Insane asylums in Bengal annual reports 1876-1887 - 1876-1887
Year: 1876
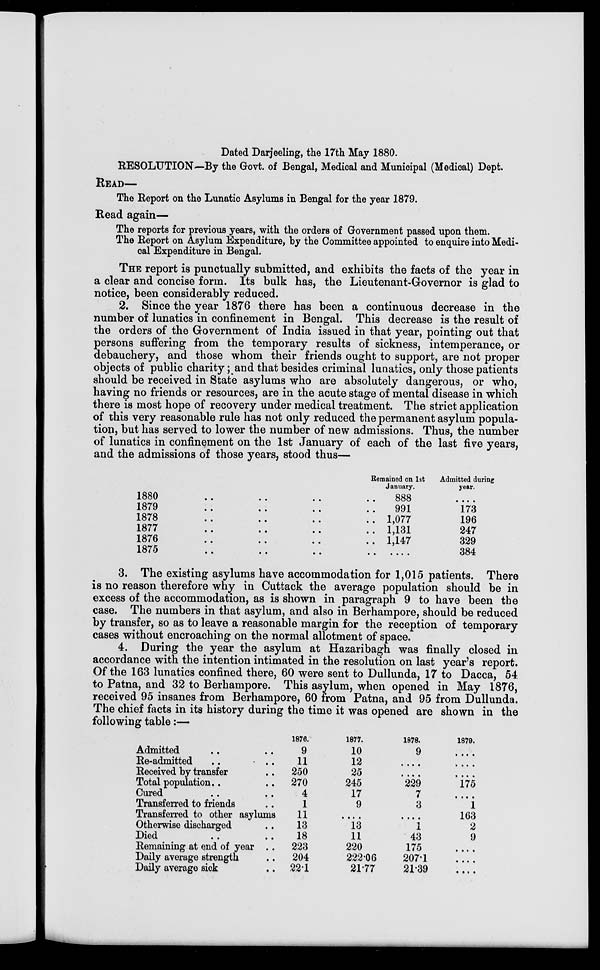
Dated Darjeeling, the 17th May 1880.
RESOLUTION—By the Govt, of Bengal, Medical and Municipal (Medical) Dept.
READ—
The Report on the Lunatic Asylums in Bengal for the year 1879.
Read again—
The reports for previous years, with the orders of Government passed upon them.
The Report on Asylum Expenditure, by the Committee appointed to enquire into Medi-
cal Expenditure in Bengal.
THE report is punctually submitted, and exhibits the facts of the year in
a clear and concise form. Its bulk has, the Lieutenant-Governor is glad to
notice, been considerably reduced.
2. Since the year 1876 there has been a continuous decrease in the
number of lunatics in confinement in Bengal. This decrease is the result of
the orders of the Government of India issued in that year, pointing out that
persons suffering from the temporary results of sickness, intemperance, or
debauchery, and those whom their friends ought to support, are not proper
objects of public charity; and that besides criminal lunatics, only those patients
should be received in State asylums who are absolutely dangerous, or who,
having no friends or resources, are in the acute stage of mental disease in which
there is most hope of recovery under medical treatment. The strict application
of this very reasonable rule has not only reduced the permanent asylum popula-
tion, but has served to lower the number of new admissions. Thus, the number
of lunatics in confinement on the 1st January of each of the last five years,
and the admissions of those years, stood thus—
1880 .. .. .. ..
1879 .. .. .. ..
1878 .. .. .. ..
1877 .. .. .. ..
1876 .. .. .. ..
1875 .. .. .. ..
Remained on 1st
January.
888
991
1,077
1,131
1,147
...
Admitted during
year.
...
173
196
247
329
384
3. The existing asylums have accommodation for 1,015 patients. There
is no reason therefore why in Cuttack the average population should be in
excess of the accommodation, as is shown in paragraph 9 to have been the
case. The numbers in that asylum, and also in Berhampore, should be reduced
by transfer, so as to leave a reasonable margin for the reception of temporary
cases without encroaching on the normal allotment of space.
4. During the year the asylum at Hazaribagh was finally closed in
accordance with the intention intimated in the resolution on last year's report.
Of the 163 lunatics confined there, 60 were sent to Dullunda, 17 to Dacca, 54
to Patna, and 32 to Berhampore. This asylum, when opened in May 1876,
received 95 insanes from Berhampore, 60 from Patna, and 95 from Dullunda.
The chief facts in its history during the time it was opened are shown in the
following table:—
Admitted .. ..
Re-admitted
.. ..
Received by transfer ..
Total population .. ..
Cured .. ..
Transferred to friends ..
Transferred to other asylums
Otherwise discharged ..
Died .. .. ..
Remaining at end of year ..
Daily average strength ..
Daily average sick ..
1876.
9
11
250
270
4
1
11
13
18
223
204
22.1
1877.
10
12
25
245
17
9
....
13
11
220
222.06
21.77
1878.
9
....
....
229
7
3
....
1
43
175
207.1
21.39
1879.
....
....
....
175
....
1
163
2
9
....
....
....